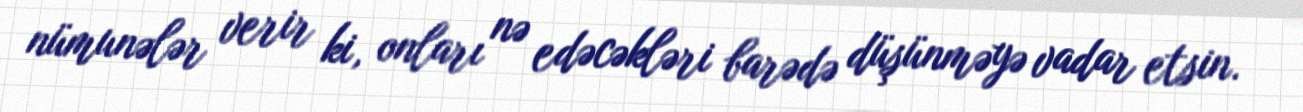
nümunələr verir ki, onları nə edəcəkləri barədə düşünməyə vadar etsin.